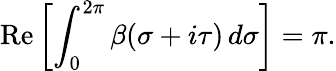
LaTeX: \mathrm{Re}\left[\int_{0}^{2\pi}\beta(\sigma+i\tau)\, d\sigma\right]=\pi.